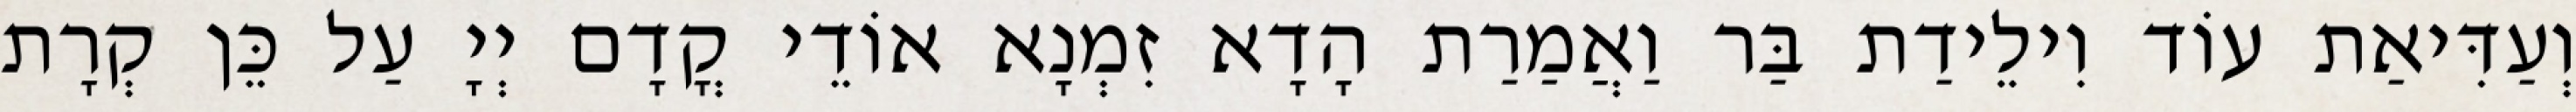
וְעַדִּיאַת עוֹד וִילֵידַת בַּר וַאֲמַרַת הָדָא זִמְנָא אוֹדֵי קֳדָם יְיָ עַל כֵּן קְרָת